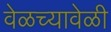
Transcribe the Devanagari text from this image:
वेळच्यावेळी